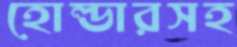
হোল্ডারসহ